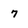
Character: 7